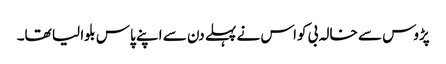
پڑوس سے خالہ بی کواس نے پہلے دن سے اپنے پاس بلوا لیا تھا۔